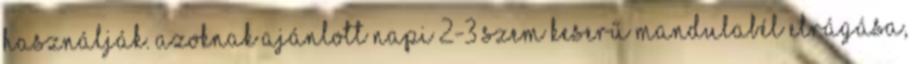
használják. Azoknak ajánlott napi 2-3 szem keserű mandulabél elrágása,